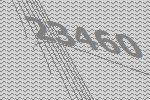
23460